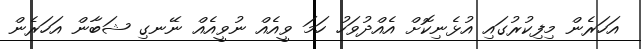
އަހަރެން މިފިކުރުގައި އުޅެނިކޮށް އެއްދުވަހު ހަމަ ވީއެއް ނުވީއެއް ނޭނގި ޝަބާން އަހަރެން